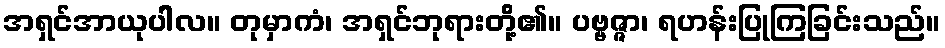
အရှင်အာယုပါလ။ တုမှာကံ၊ အရှင်ဘုရားတို့၏။ ပဗ္ဗဇ္ဇာ၊ ရဟန်းပြုကြခြင်းသည်။